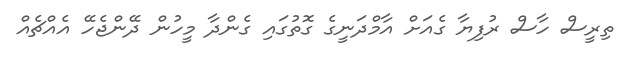
ތިރީސް ހާސް ރުފިޔާ ގެއަށް އާމްދަނީގެ ގޮތުގައި ގެންދާ މީހުން ދޭންޖެހޭ އެއްޗެއް